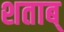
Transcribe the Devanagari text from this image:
शताब्